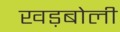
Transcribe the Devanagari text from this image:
खड़बोली